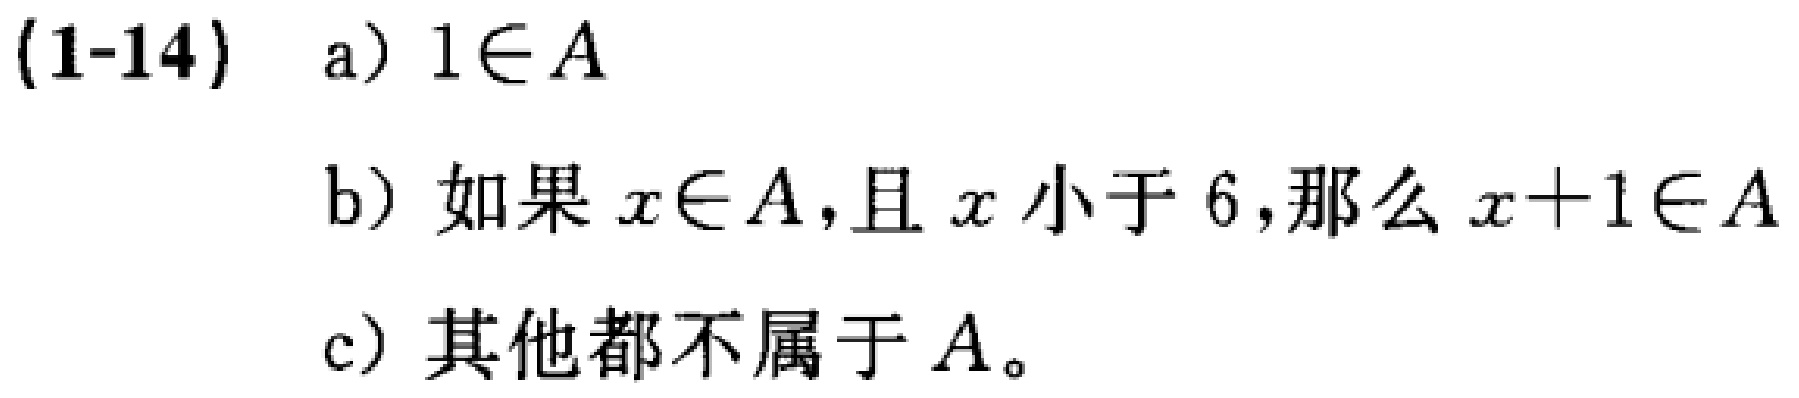
(1-14) a) \(1\in A\)

b) 如果\(x\in A\)，且\(x\)小于\(6\)，那么\(x + 1\in A\)

c) 其他都不属于\(A\)。